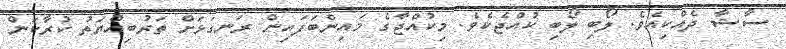
ސާޝާ ދެއްކިއެވެ. ލޯބި ލޯބި ކުއްޖެކެވެ. މިކުއްޖާގެ މައިންބަފައިން ރަނގަޅަށް ތަރުބިއްޔަތު ކުރާކަން